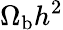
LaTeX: \Omega_{\mathrm{b}}h^{2}